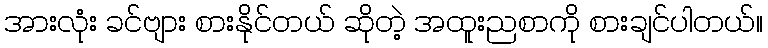
အားလုံး ခင်ဗျား စားနိုင်တယ် ဆိုတဲ့ အထူးညစာကို စားချင်ပါတယ်။